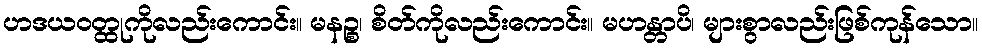
ဟဒယဝတ္ထုကိုလည်းကောင်း။ မနဉ္စ၊ စိတ်ကိုလည်းကောင်း။ မဟန္တာပိ၊ များစွာလည်းဖြစ်ကုန်သော။